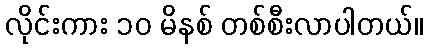
လိုင်းကား ၁၀ မိနစ် တစ်စီးလာပါတယ်။